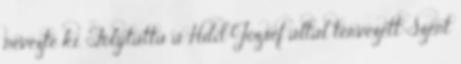
nevezte ki. Folytatta a Hild József által tervezett Szent